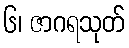
၆၊ ဇာဂရသုတ်